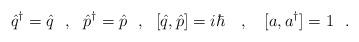
LaTeX: \begin{align*}\hat{q}^\dagger=\hat{q}\ \ ,\ \ \hat{p}^\dagger=\hat{p}\ \ ,\ \ [\hat{q},\hat{p}]=i\hbar\ \ \ ,\ \ \ [a,a^\dagger]=1\ \ .\end{align*}